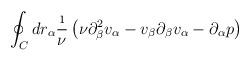
LaTeX: \begin{align*}\oint_C d r_{\alpha} \frac{\i}{ \nu}\left( \nu \partial_{\beta}^2 v_{\alpha} - v_{\beta}\partial_{\beta} v_{\alpha} - \partial_{\alpha} p \right)\end{align*}